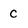
Character: c